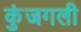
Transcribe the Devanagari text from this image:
कुंजगली